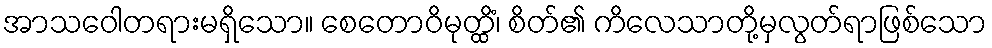
အာသဝေါတရားမရှိသော။ စေတောဝိမုတ္ထိံ၊ စိတ်၏ ကိလေသာတို့မှလွတ်ရာဖြစ်သော